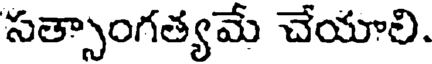
సత్సాంగత్యమే చేయాలి.